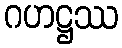
ဂဟဋ္ဌဿ